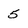
Character: 5